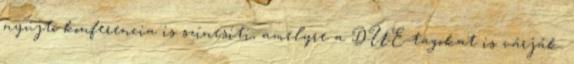
nyújtó konferencia is színesíti, amelyre a DUE-tagokat is várják.